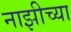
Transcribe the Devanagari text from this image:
नाझीच्या